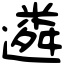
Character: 遴